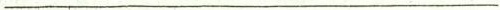
___